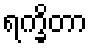
ရက္ခိတာ